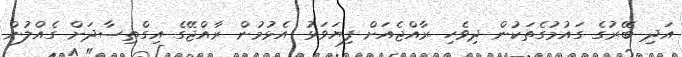
އަދި ބޭރުގެ ގައުމުގެތަކުން ދިވެހި ރާއްޖެއަށް ފިޔަވަޅު އެޅުމުން ރާއްޖޭގެ އިގްތިސާދަށް ގެއްލުން